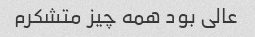
عالی بود همه چیز متشکرم